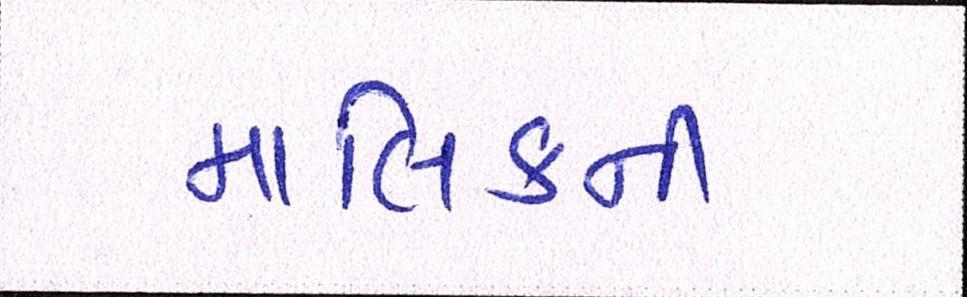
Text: માલિકની